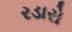
રડારો